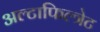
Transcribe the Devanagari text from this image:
अल्टाफिल्त्रेट